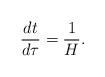
LaTeX: \begin{align*}\frac{dt}{d\tau} = \frac{1}{H}.\end{align*}